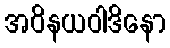
အဝိနယဝါဒိနော